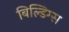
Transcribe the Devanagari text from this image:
बिल्डिग्स